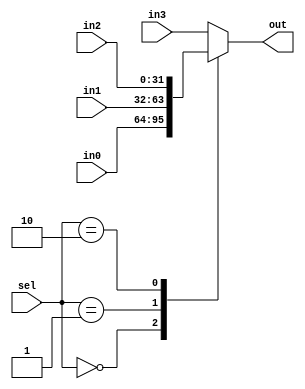
/*
File Name : Mux4.v
Create time : 2021.07.14 00:03
Author : Morning Han
Function : 
    4 way selector

*/

module Mux4 (
    input wire[31:0] in0,
    input wire[31:0] in1,
    input wire[31:0] in2,
    input wire[31:0] in3,
    input wire[1:0] sel,

    output wire[31:0] out
);
    reg[31:0] temp;

    always @(*) begin
        case (sel)
            2'b00:
                temp = in0;
            2'b01:
                temp = in1;
            2'b10:
                temp = in2;
            default:
                temp = in3; 
        endcase
    end

    assign out = temp;
endmodule